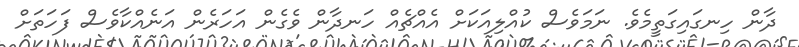
ދާން ހިނގައިގަތީމެވެ. ނަމަވެސް ކުއްލިއަކަށް އެއްޗެއް ހަނދާން ވެގެން އަހަރެން އަނެއްކާވެސް ފަހަތަށް